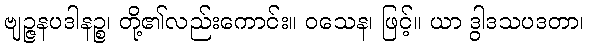
ဗျဉ္ဇနပဒါနဉ္စ၊ တို့၏လည်းကောင်း။ ဝသေန၊ ဖြင့်။ ယာ ဒွါဒသပဒတာ၊